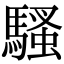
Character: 騷